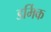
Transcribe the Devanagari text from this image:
डर्मिक